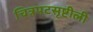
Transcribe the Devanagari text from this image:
चित्रपटसृष्टीली